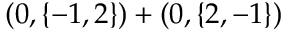
( 0 , \{ - 1 , 2 \} ) + ( 0 , \{ 2 , - 1 \} )